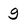
Character: g